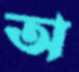
অ